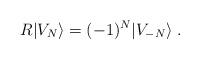
LaTeX: \begin{align*}R \vert V_N \rangle = (-1)^N \vert V_{-N} \rangle\; .\end{align*}